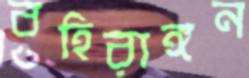
বহিরাঙ্গন